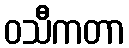
ဝသီကတာ